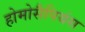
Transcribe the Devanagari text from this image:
होमोसैपियंस